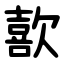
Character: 歖